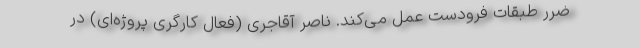
ضرر طبقات فرودست عمل می‌کند. ناصر آقاجری (فعال کارگری پروژه‌ای) در